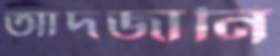
আদজানি